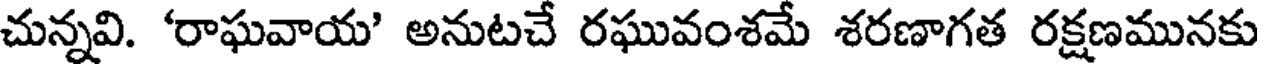
చున్నవి. 'రాఘవాయ' అనుటచే రఘువంశమే శరణాగత రక్షణమునకు